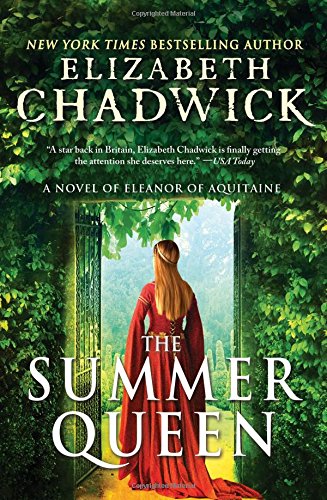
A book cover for The Summer Queen: A Novel of Eleanor of Aquitaine; Elizabeth Chadwick; Literature & Fiction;